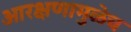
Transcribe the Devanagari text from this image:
आरक्षणामुळेच